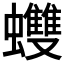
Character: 𧕟